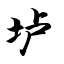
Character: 垆